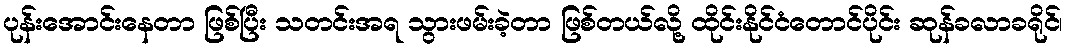
ပုန်းအောင်းနေတာ ဖြစ်ပြီး သတင်းအရ သွားဖမ်းခဲ့တာ ဖြစ်တယ်လို့ ထိုင်းနိုင်ငံတောင်ပိုင်း ဆုန်ခလာခရိုင်၊